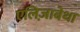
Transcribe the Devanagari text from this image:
एलिज़ाबेथा